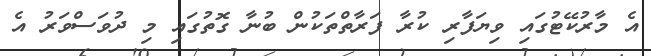
އެ މާރުކޭޓުގައި ވިޔަފާރި ކުރާ ފަރާތްތަކުން ބުނާ ގޮތުގައި މި ދުވަސްވަރު އެ